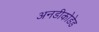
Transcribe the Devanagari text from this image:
अनडीकोडेड